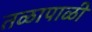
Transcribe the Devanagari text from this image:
तळापाळी